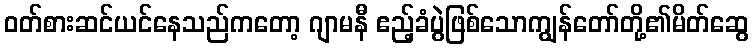
ဝတ်စားဆင်ယင်နေသည်ကတော့ ဂျာမနီ ဧည့်ခံပွဲဖြစ်သောကျွန်တော်တို့၏မိတ်ဆွေ